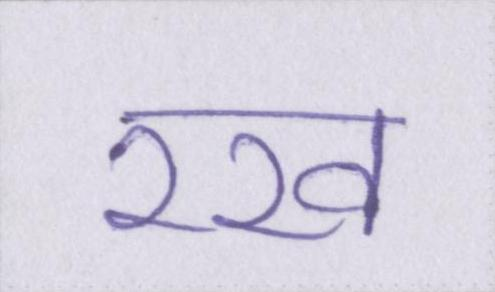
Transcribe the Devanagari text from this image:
रख